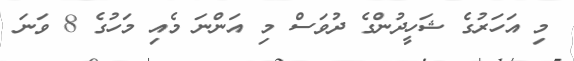
މި އަހަރުގެ ޝަހީދުންގެ ދުވަސް މި އަންނަ މެއި މަހުގެ 8 ވަނަ